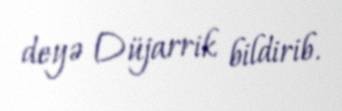
deyə Düjarrik bildirib.